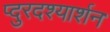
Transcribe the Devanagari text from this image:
प्दुरदश्यार्शन